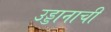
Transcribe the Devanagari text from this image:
उड्डानाची